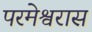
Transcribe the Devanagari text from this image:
परमेश्वरास